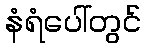
နံရံပေါ်တွင်